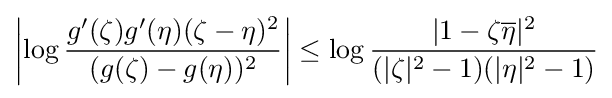
\left|\log {g^{\prime }(\zeta )g^{\prime }(\eta )(\zeta -\eta )^{2} \over (g(\zeta )-g(\eta ))^{2}}\right|\leq \log {|1-\zeta {\overline {\eta }}|^{2} \over (|\zeta |^{2}-1)(|\eta |^{2}-1)}